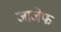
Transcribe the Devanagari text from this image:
जाजेफ